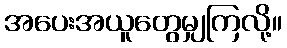
အပေးအယူတွေမျှကြလို့။